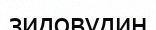
зидовудин